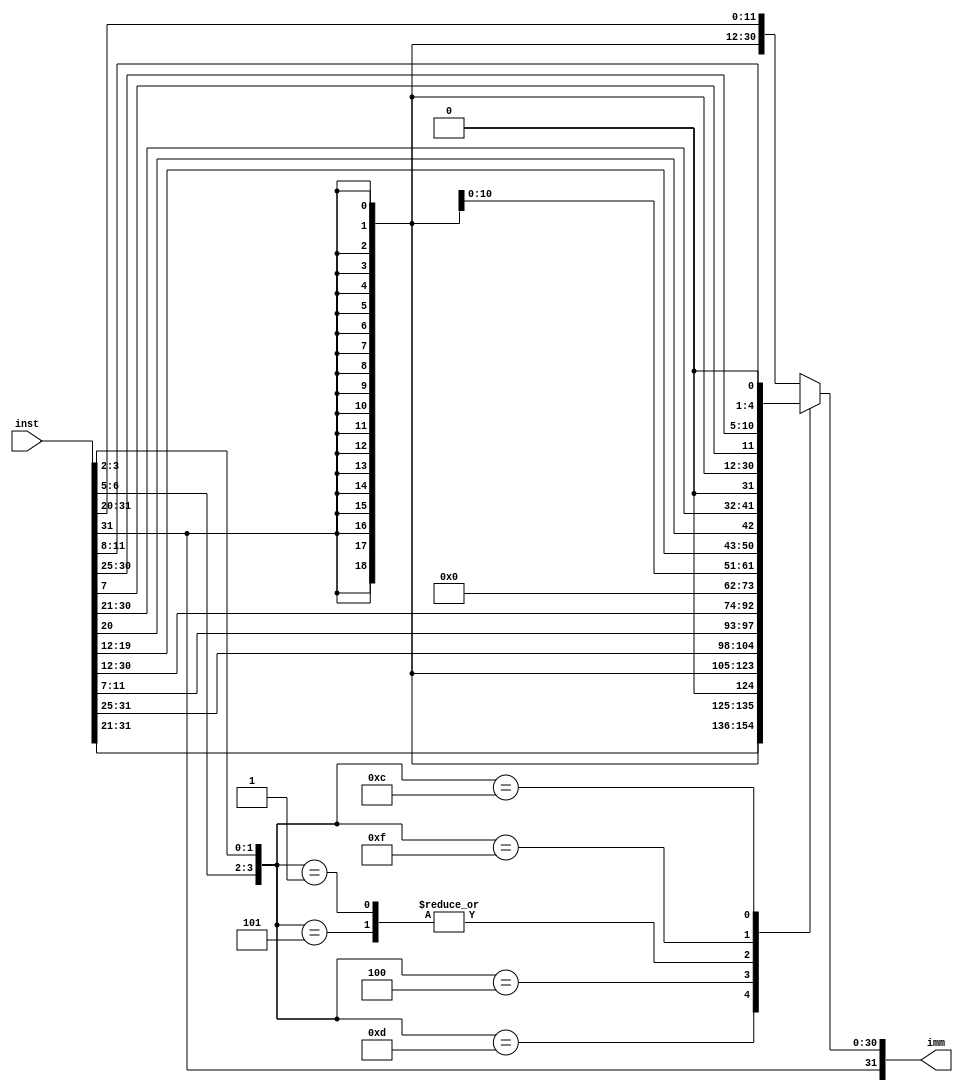
/*
	Authored 2018-2019, Ryan Voo.

	All rights reserved.
	Redistribution and use in source and binary forms, with or without
	modification, are permitted provided that the following conditions
	are met:

	*	Redistributions of source code must retain the above
		copyright notice, this list of conditions and the following
		disclaimer.

	*	Redistributions in binary form must reproduce the above
		copyright notice, this list of conditions and the following
		disclaimer in the documentation and/or other materials
		provided with the distribution.

	*	Neither the name of the author nor the names of its
		contributors may be used to endorse or promote products
		derived from this software without specific prior written
		permission.

	THIS SOFTWARE IS PROVIDED BY THE COPYRIGHT HOLDERS AND CONTRIBUTORS
	"AS IS" AND ANY EXPRESS OR IMPLIED WARRANTIES, INCLUDING, BUT NOT
	LIMITED TO, THE IMPLIED WARRANTIES OF MERCHANTABILITY AND FITNESS
	FOR A PARTICULAR PURPOSE ARE DISCLAIMED. IN NO EVENT SHALL THE
	COPYRIGHT OWNER OR CONTRIBUTORS BE LIABLE FOR ANY DIRECT, INDIRECT,
	INCIDENTAL, SPECIAL, EXEMPLARY, OR CONSEQUENTIAL DAMAGES (INCLUDING,
	BUT NOT LIMITED TO, PROCUREMENT OF SUBSTITUTE GOODS OR SERVICES;
	LOSS OF USE, DATA, OR PROFITS; OR BUSINESS INTERRUPTION) HOWEVER
	CAUSED AND ON ANY THEORY OF LIABILITY, WHETHER IN CONTRACT, STRICT
	LIABILITY, OR TORT (INCLUDING NEGLIGENCE OR OTHERWISE) ARISING IN
	ANY WAY OUT OF THE USE OF THIS SOFTWARE, EVEN IF ADVISED OF THE
	POSSIBILITY OF SUCH DAMAGE.
*/



/*
 *	RISC-V IMMEDIATE GENERATOR
 */



module imm_gen(inst, imm);

	input [31:0]		inst;
	output reg [31:0]	imm;

	initial begin
		imm = 32'b0;
	end

	always @(inst) begin
		case ({inst[6:5], inst[3:2]})
			4'b0000: //I-type
				imm = { {21{inst[31]}}, inst[30:20] };
			4'b1101: //I-type JALR
				imm = { {21{inst[31]}}, inst[30:21], 1'b0 };
			4'b0100: //S-type
				imm = { {21{inst[31]}}, inst[30:25], inst[11:7] };
			4'b0101: //U-type
				imm = { inst[31:12], 12'b0 };
			4'b0001: //U-type
				imm = { inst[31:12], 12'b0 };
			4'b1111: //UJ-type
				imm = { {12{inst[31]}}, inst[19:12], inst[20], inst[30:21], 1'b0 };
			4'b1100: //SB-type
				imm = { {20{inst[31]}}, inst[7], inst[30:25], inst[11:8], 1'b0 };
			default : imm = { {21{inst[31]}}, inst[30:20] };
		endcase
	end
endmodule